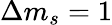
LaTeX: \Delta m_{s}=1